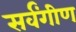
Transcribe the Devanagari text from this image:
सर्वंगीण